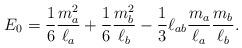
LaTeX: \begin{align*}E_{0} = \frac16 \frac{m_{a}^2}{\ell_{a}} + \frac16 \frac{m_{b}^2}{\ell_{b}} - \frac13 \ell_{ab}\frac{m_{a}}{\ell_{a}}\frac{m_{b}}{\ell_{b}}.\end{align*}